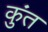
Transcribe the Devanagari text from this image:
कुंत